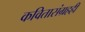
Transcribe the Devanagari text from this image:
कवितासंग्रहही